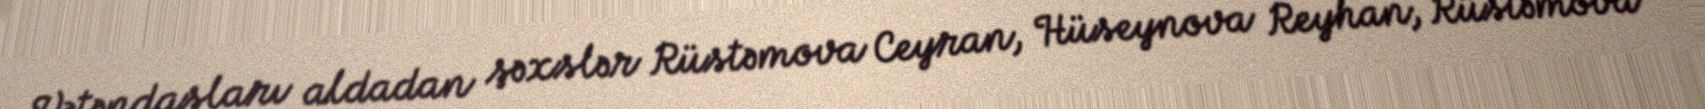
Vətəndaşları aldadan şəxslər Rüstəmova Ceyran, Hüseynova Reyhan, Rüstəmova